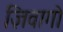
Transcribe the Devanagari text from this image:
ज़िवागो